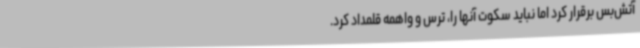
آتش‌بس برقرار کرد اما نباید سکوت آنها را، ترس و واهمه قلمداد کرد.